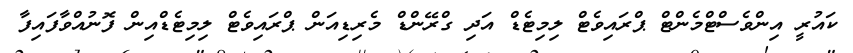
ކައުރީ އިންވެސްޓްމެންޓް ޕްރައިވެޓް ލިމިޓެޑް އަދި ގްރޭންޑް މެރިޑިއަން ޕްރައިވެޓް ލިމިޓެޑްއިން ފޮނުއްވާފައިފާ